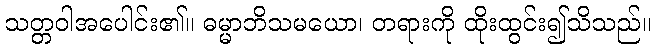
သတ္တဝါအပေါင်း၏။ ဓမ္မာဘိသမယော၊ တရားကို ထိုးထွင်း၍သိသည်။